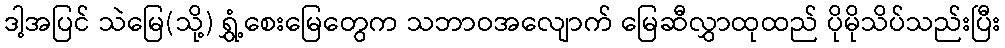
ဒါ့အပြင် သဲမြေ(သို့) ရွှံ့စေးမြေတွေက သဘာဝအလျောက် မြေဆီလွှာထုထည် ပိုမိုသိပ်သည်းပြီး